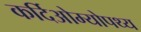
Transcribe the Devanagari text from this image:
कर्दिओम्योपथ्य